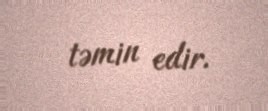
təmin edir.